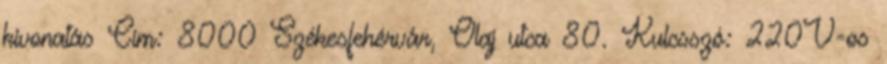
kivonatás Cím: 8000 Székesfehérvár, Olaj utca 80. Kulcsszó: 220V-os